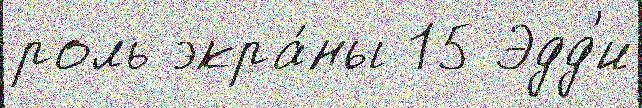
роль экра́ны 15 Эдд'и